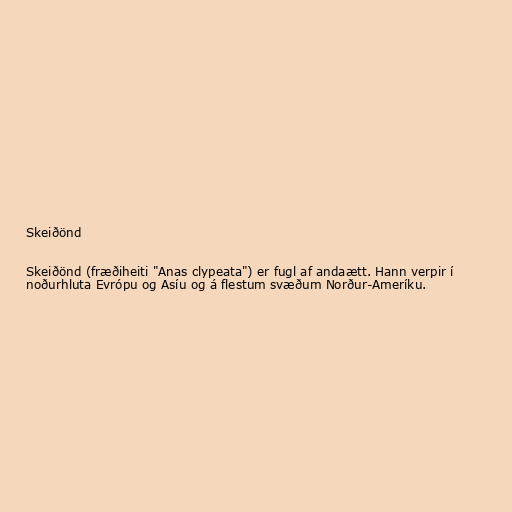
Skeiðönd

Skeiðönd (fræðiheiti "Anas clypeata") er fugl af andaætt. Hann verpir í
noðurhluta Evrópu og Asíu og á flestum svæðum Norður-Ameríku.